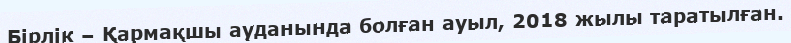
Бірлік – Қармақшы ауданында болған ауыл, 2018 жылы таратылған.